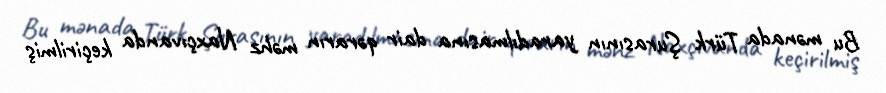
Bu mənada Türk Şurasının yaradılmasına dair qərarın məhz Naxçıvanda keçirilmiş